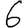
Digit: 6